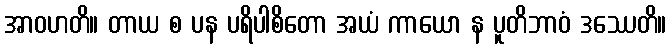
အာဝဟတိ။ တာယ စ ပန ပရိပါစိတော အယံ ကာယော န ပူတိဘာဝံ ဒဿေတိ။